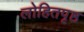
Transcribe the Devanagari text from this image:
लोहितपृष्ठ